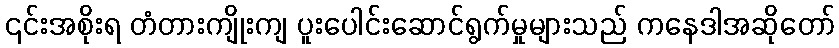
၎င်းအစိုးရ တံတားကျိုးကျ ပူးပေါင်းဆောင်ရွက်မှုများသည် ကနေဒါအဆိုတော်